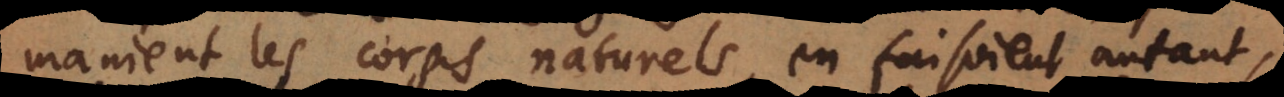
manient les corps naturels, en faisoient autant,